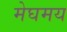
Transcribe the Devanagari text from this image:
मेघमय